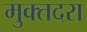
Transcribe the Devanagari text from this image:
मुक्तदरा